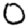
Digit: 0